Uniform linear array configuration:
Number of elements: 32
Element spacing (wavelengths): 0.5
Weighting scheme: uniform
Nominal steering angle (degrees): -45
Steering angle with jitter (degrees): -46.147
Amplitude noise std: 0.05
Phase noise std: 0.05

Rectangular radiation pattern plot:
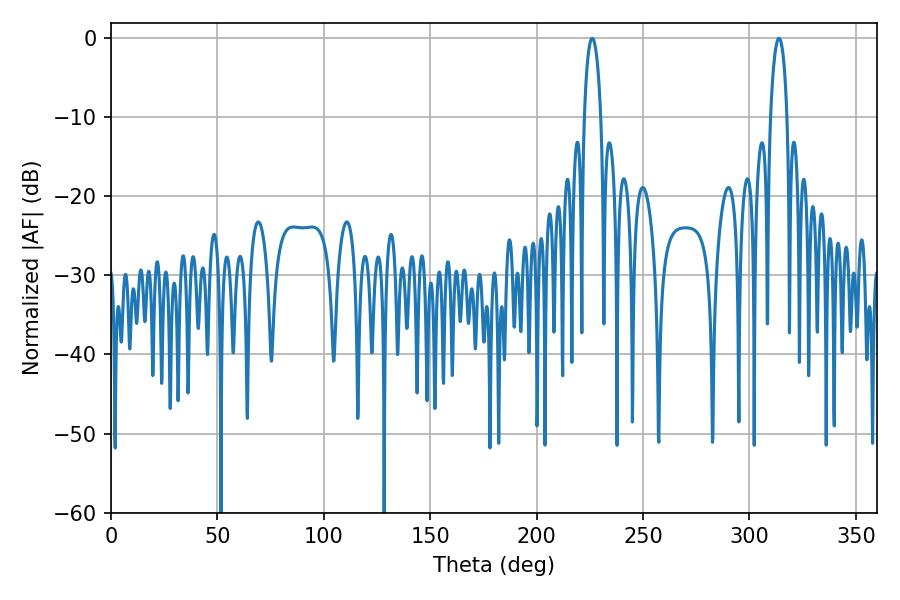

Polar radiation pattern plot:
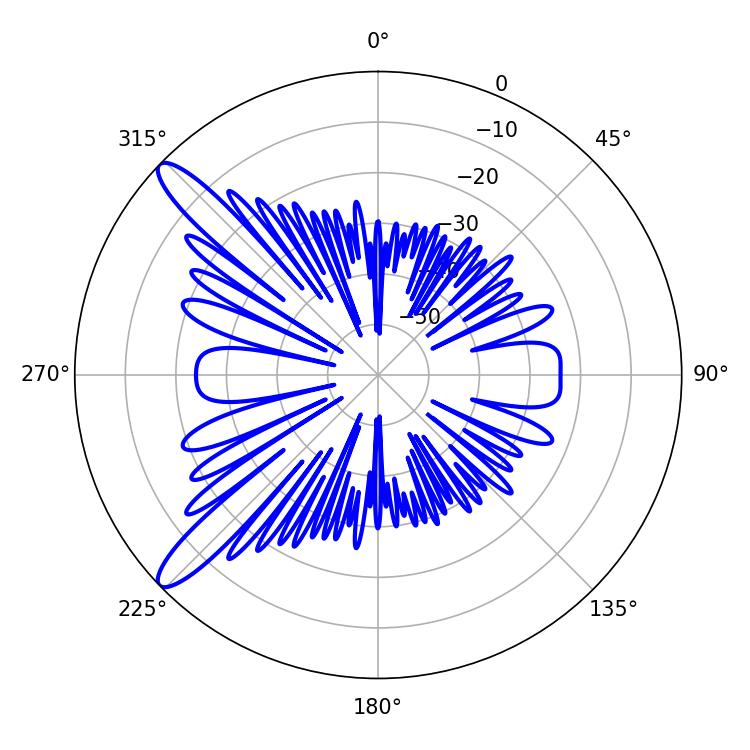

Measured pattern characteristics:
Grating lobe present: FALSE
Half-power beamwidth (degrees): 4.5
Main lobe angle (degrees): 226.08